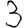
Digit: 3